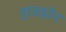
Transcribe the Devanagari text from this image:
हावथ्रोन